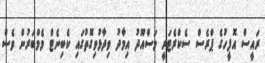
ރައީސް އޮފީހުގެ ޕްރެސް ސެކްރެޓަރީ މަސްއޫދު އިމާދު ވިދާޅުވިގޮތުގައި ކެބިނެޓް މެމްބަރުން ވެސް